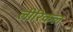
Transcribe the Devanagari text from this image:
लीरिकल